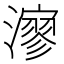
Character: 㵳